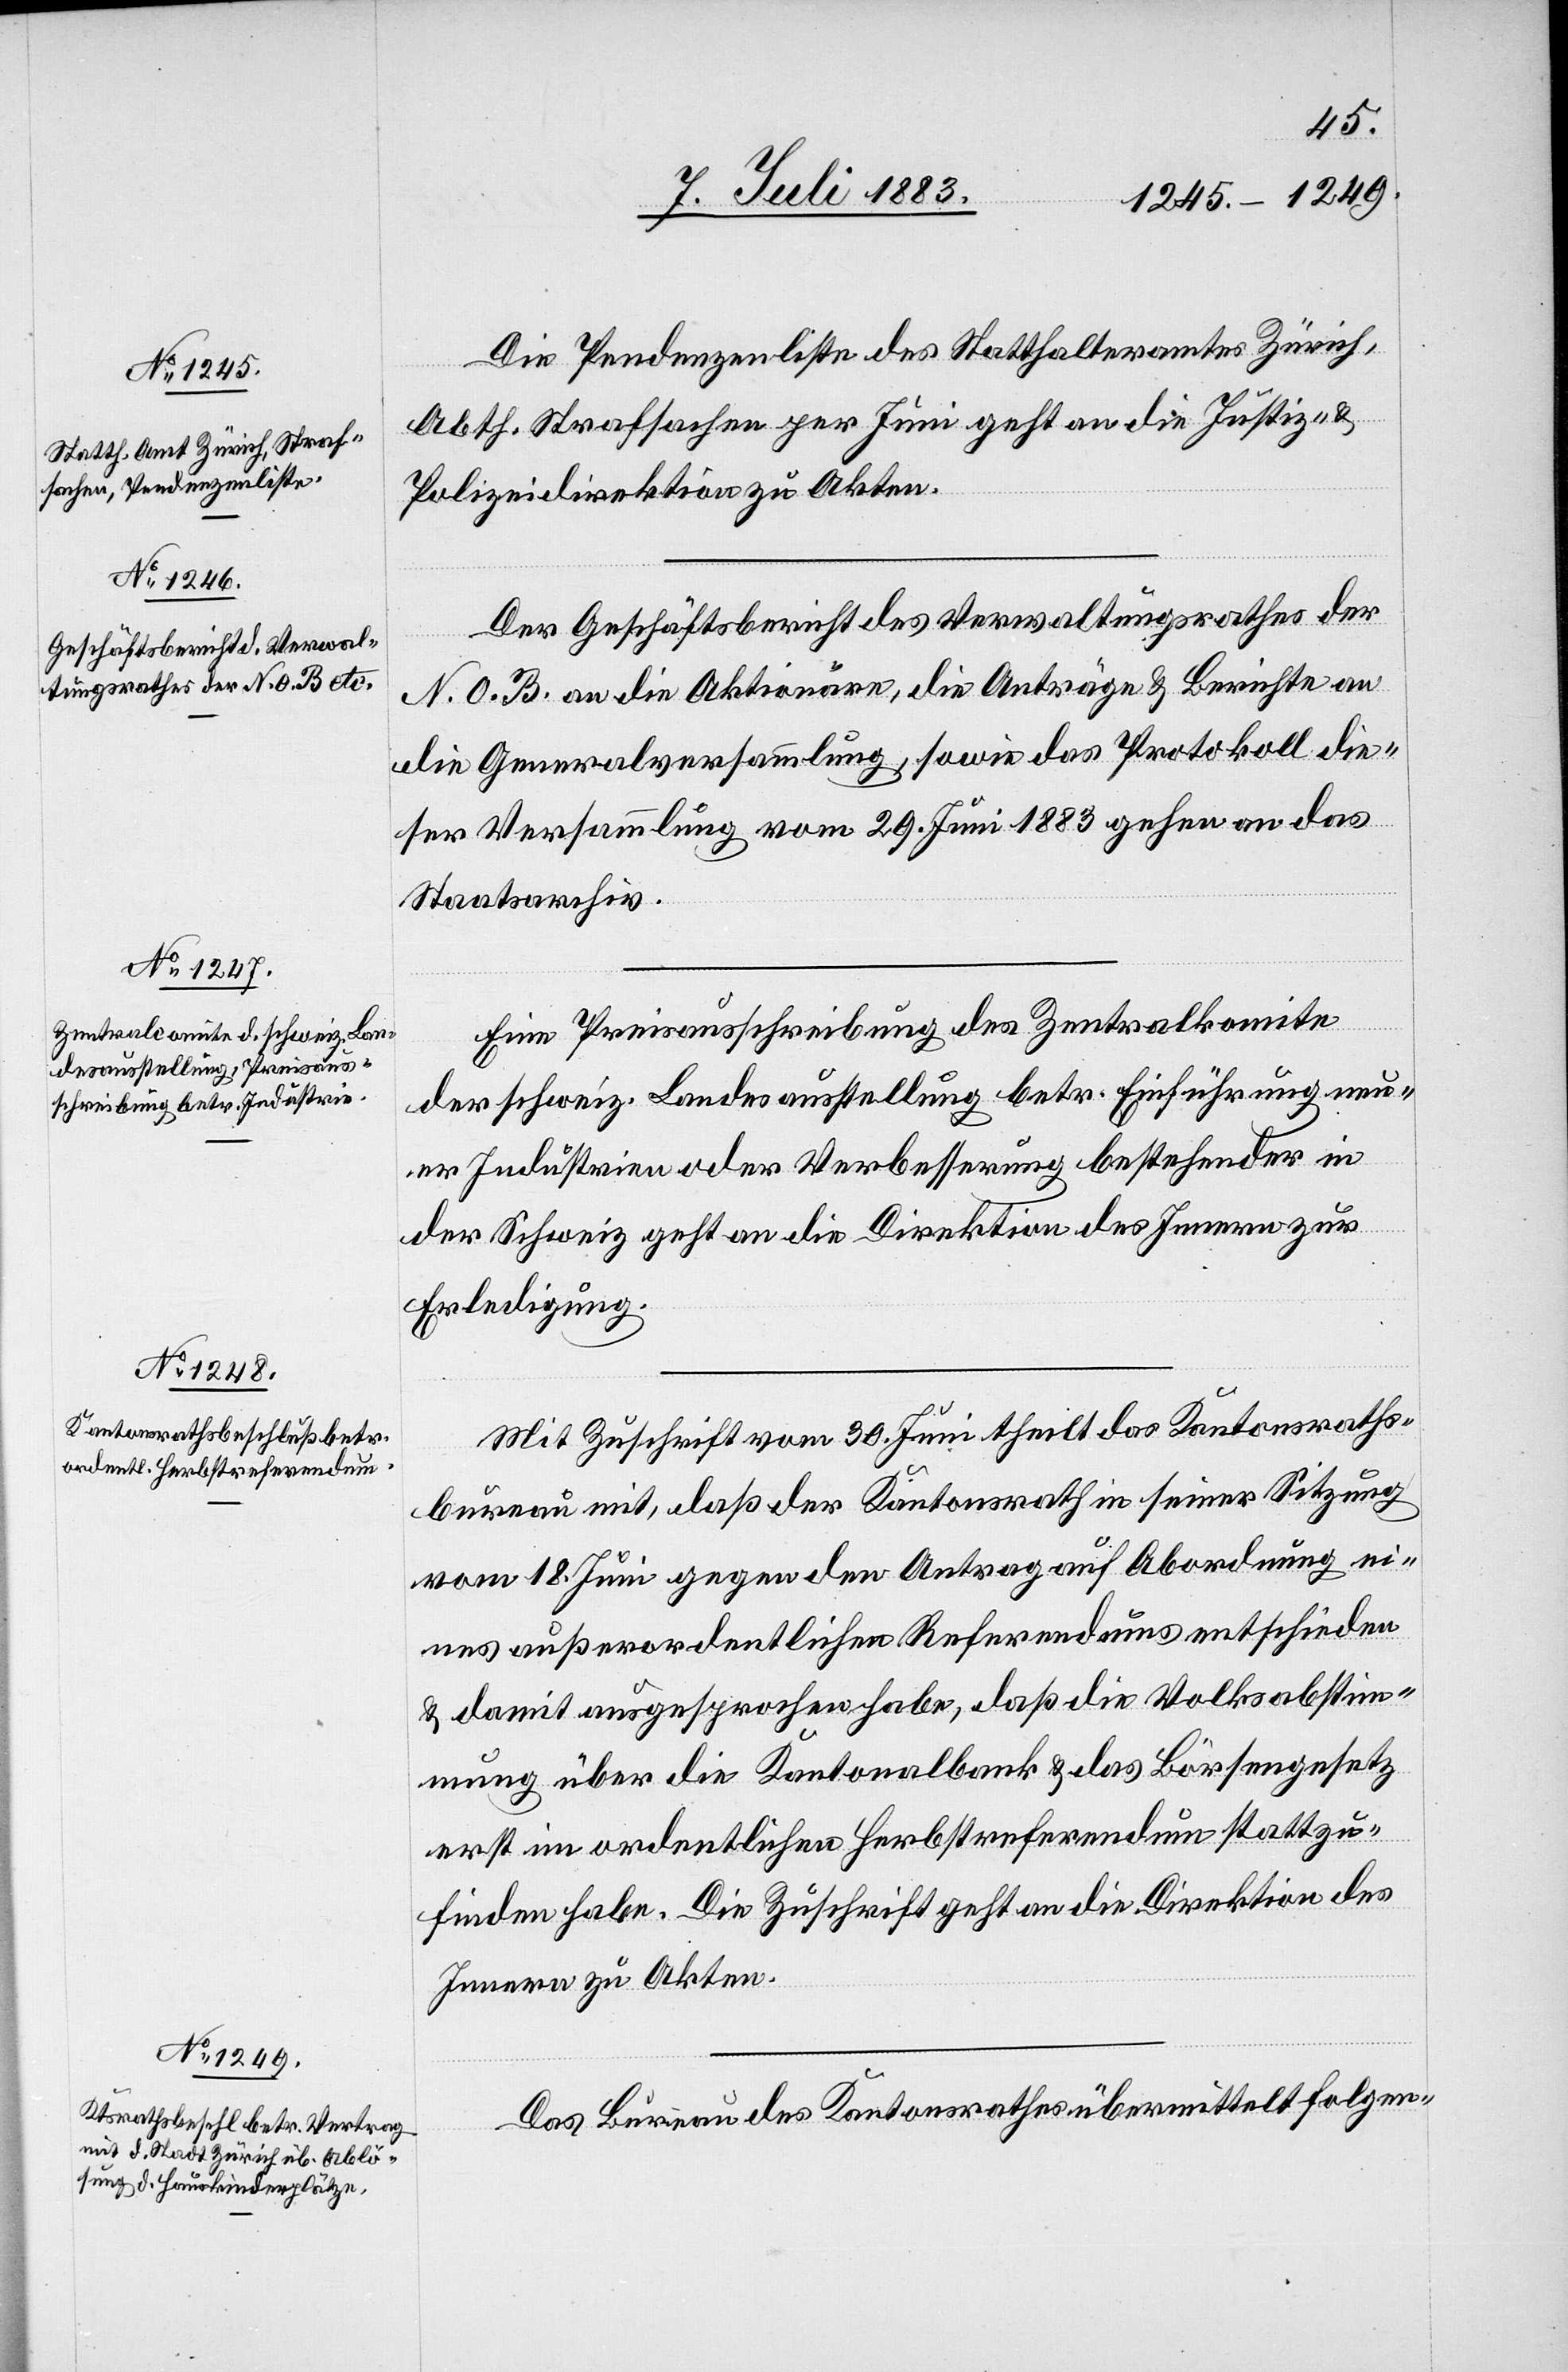
Die Pendenzenliste des Statthalteramtes Zürich,
Abth. Strafsachen per Juni geht an die Justiz- &
Polizeidirektion zu Akten.
Der Geschäftsbericht des Verwaltungsrathes der
N. O. B. an die Aktionäre, die Anträge & Berichte an
die Generalversammlung, sowie das Protokoll die¬
ser Versammlung vom 29. Juni 1883 gehen an das
Staatsarchiv.
Eine Preisausschreibung des Zentralkomite
der schweiz. Landesausstellung betr. Einführung neu¬
er Industrien oder Verbesserung bestehender in
der Schweiz geht an die Direktion des Innern zur
Erledigung.
Mit Zuschrift vom 30. Juni theilt das Kantonsraths¬
bureau mit, daß der Kantonsrath in seiner Sitzung
vom 18. Juni gegen den Antrag auf Abordnung ei¬
nes außerordentlichen Referendums entschieden
& damit ausgesprochen habe, daß die Volksabstim¬
mung über die Kantonalbank & das Börsengesetz
erst im ordentlichen Herbstreferendum stattzu¬
finden habe. Die Zuschrift geht an die Direktion des
Innern zu Akten.
Das Bureau des Kantonsrathes übermittelt folgen-